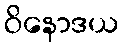
ဝိနောဒယ